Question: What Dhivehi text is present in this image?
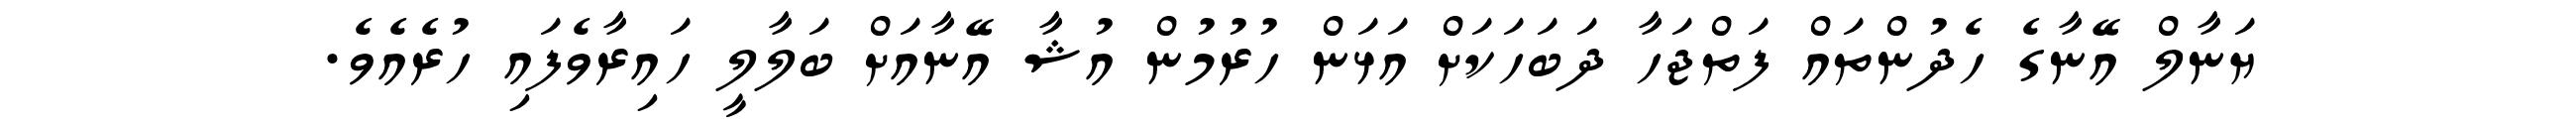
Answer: ޔަނާލް އޭނާގެ ހެދުންތައް ފަތްޖަހާ ދަބަހަކަށް އަޅަން ހުރުމުން އުޝާ އޭނާއަށް ބަލާލީ ހައިރާވެފައި ހުރެއެވެ.